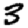
Digit: 3